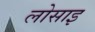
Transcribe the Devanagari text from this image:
लोसाइ